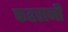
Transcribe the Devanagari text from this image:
फहरानी